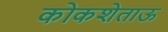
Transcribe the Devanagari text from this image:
कोकशेताऊ